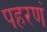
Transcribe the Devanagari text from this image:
पहरणं